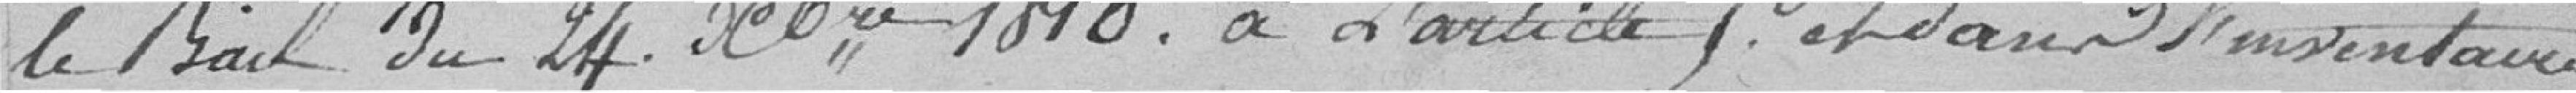
le bail du 24 Xbre 1840 à l'article.. et dans l'inventaire